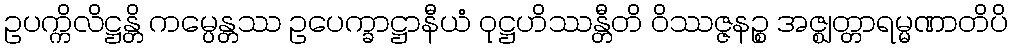
ဥပက္ကိလိဋ္ဌန္တိ ကမ္ပေန္တဿ ဥပေက္ခာဋ္ဌာနီယံ ဝုဋ္ဌဟိဿန္တီတိ ဝိဿဇ္ဇနဉ္စ အဇ္ဈတ္တာရမ္မဏာတိပိ